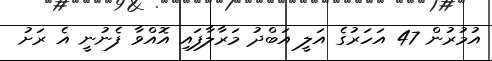
އުމުރުން 47 އަހަރުގެ އަލީ އަބްދު މަރާލާފައި އޮއްވާ ފެނުނީ އެ ރަށު